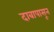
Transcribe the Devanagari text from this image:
दाबापासून